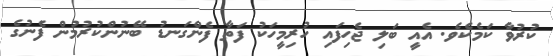
ކުރުވާ ކަމެކެވެ. އެއީ ބަލި ޖެހިފައި ހުރިމީހަކު ފަތާ ފެންގަނޑު ބޭނުންކުރުމުން ފެނުގެ